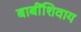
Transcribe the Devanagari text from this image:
बाबींशिवाय